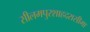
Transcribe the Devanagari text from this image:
सीलमपुरशाहदरासीमा